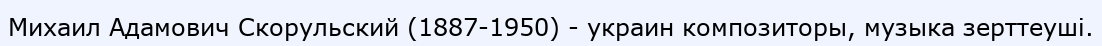
Михаил Адамович Скорульский (1887-1950) - украин композиторы, музыка зерттеуші.